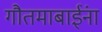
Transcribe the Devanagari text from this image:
गौतमाबाईंना